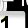
Digit: 1